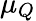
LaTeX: \mu_{Q}